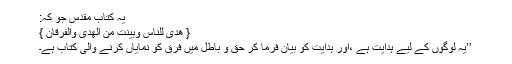
یہ کتابِ مقدس جو کہ:
{ ھُدًی لِّلنَّاسِ وَبَیِّنٰتٍ مِّنَ الْھُدٰی وَالْفُرْقَانِ }
’’یہ لوگوں کے لیے ہدایت ہے ،اور ہدایت کو بیان فرما کر حق و باطل میں فرق کو نمایاں کرنے والی کتاب ہے۔